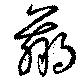
羸